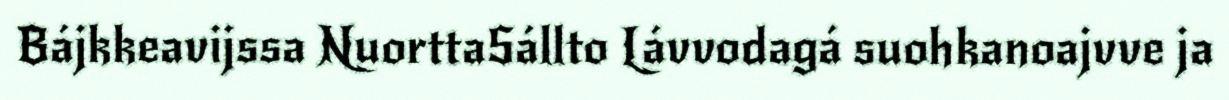
Bájkkeavijssa NuorttaSállto Lávvodagá suohkanoajvve ja